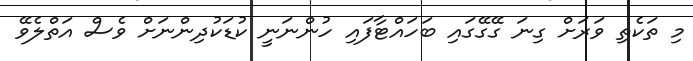
މި ތަކެތި ވަރަށް ގިނަ ގޭގޭގައި ބަހައްޓާފައި ހުންނަނީ ކުޑަކުދިންނަށް ވެސް އަތްލެވޭ